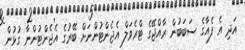
އަދި އެ ފެއާގެ ސަބަބުން ރާއްޖޭގެ ޓްރެވަލް އެޖެންޓުންނަށް ބޭރުގެ އެޖެންޓުންނާ ގުޅުން